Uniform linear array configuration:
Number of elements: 4
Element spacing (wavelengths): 1
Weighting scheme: hamming
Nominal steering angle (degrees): -30
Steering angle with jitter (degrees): -31.002
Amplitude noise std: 0.05
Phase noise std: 0.05

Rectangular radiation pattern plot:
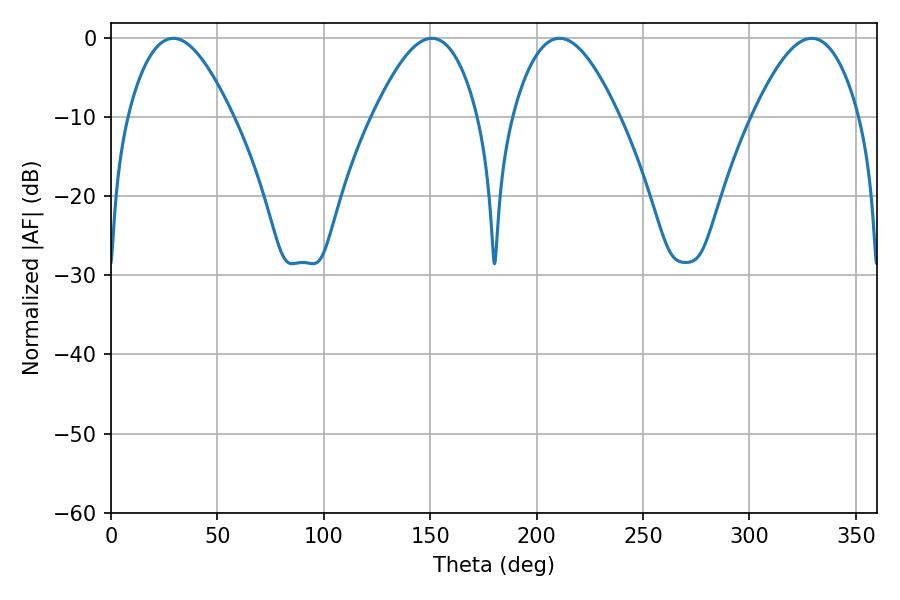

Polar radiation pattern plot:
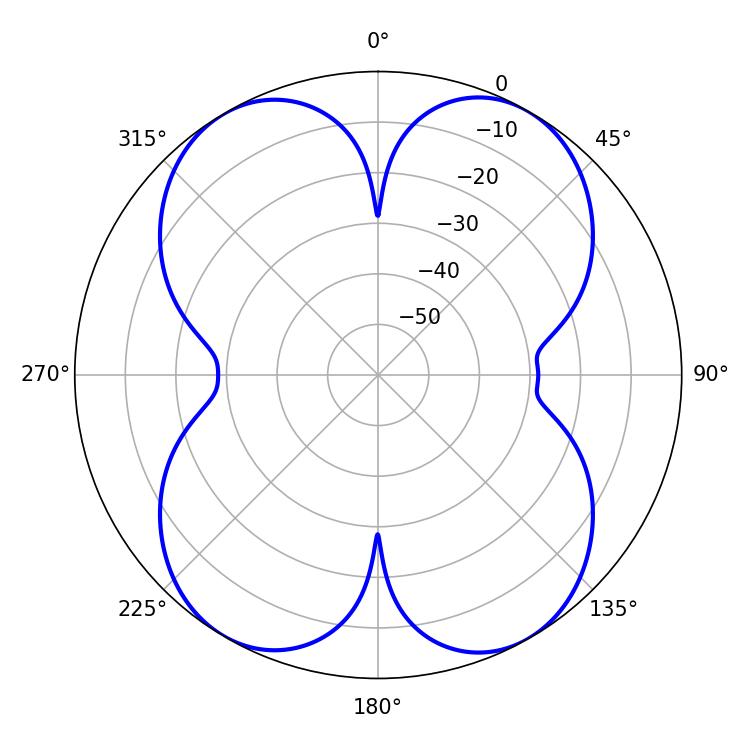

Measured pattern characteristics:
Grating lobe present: TRUE
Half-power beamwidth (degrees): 27.18
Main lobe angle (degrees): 210.78